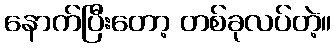
နောက်ပြီးတော့ တစ်ခုလပ်တဲ့။